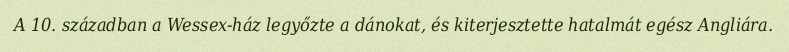
A 10. században a Wessex-ház legyőzte a dánokat, és kiterjesztette hatalmát egész Angliára.